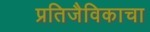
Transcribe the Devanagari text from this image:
प्रतिजैविकाचा